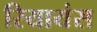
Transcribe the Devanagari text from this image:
रियायंस